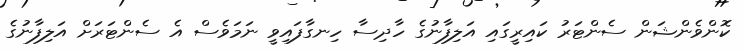
ކޮންވެންޝަން ސެންޓަރު ކައިރީގައި އަލިފާނުގެ ހާދިސާ ހިނގާފައިވީ ނަމަވެސް އެ ސެންޓަރަށް އަލިފާނުގެ